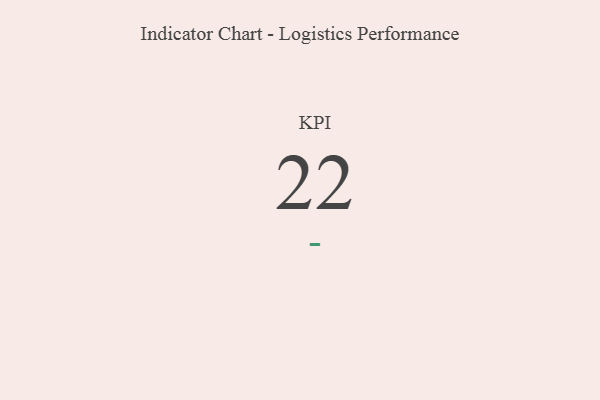
{"axis": {"x": "KPI", "y": "Value"}, "legend": [""], "data": [{"x": "KPI", "y": 22, "type": ""}]}